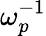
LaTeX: \omega_{p}^{-1}